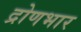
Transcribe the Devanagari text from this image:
द्रोणभार